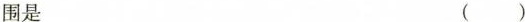
围是 （）